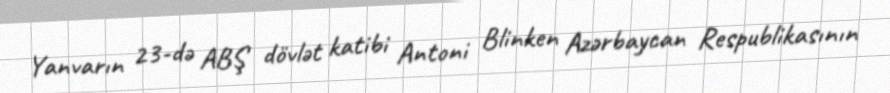
Yanvarın 23-də ABŞ dövlət katibi Antoni Blinken Azərbaycan Respublikasının